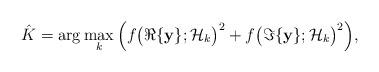
LaTeX: \begin{align*}\hat{K}& =\arg\max_{k} \Big(f\big(\Re\{\mathbf{y}\};\mathcal{H}_k\big)^2 + f\big(\Im\{\mathbf{y}\};\mathcal{H}_k\big)^2\Big),\end{align*}